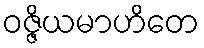
ဝဇ္ဇိယမာဟိတေ